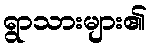
ရွာသားများ၏